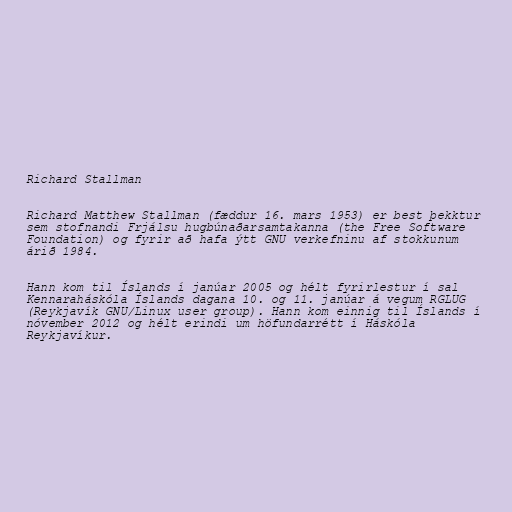
Richard Stallman

Richard Matthew Stallman (fæddur 16. mars 1953) er best þekktur
sem stofnandi Frjálsu hugbúnaðarsamtakanna (the Free Software
Foundation) og fyrir að hafa ýtt GNU verkefninu af stokkunum
árið 1984.

Hann kom til Íslands í janúar 2005 og hélt fyrirlestur í sal
Kennaraháskóla Íslands dagana 10. og 11. janúar á vegum RGLUG
(Reykjavík GNU/Linux user group). Hann kom einnig til Íslands í
nóvember 2012 og hélt erindi um höfundarrétt í Háskóla
Reykjavíkur.